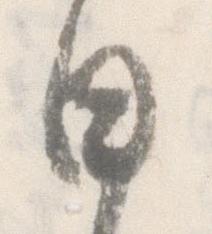
日